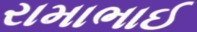
રામાભાઈ